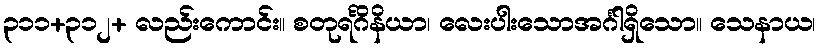
၃၁၁+၃၁၂+ လည်းကောင်း။ စတုရင်္ဂိနိယာ၊ လေးပါးသောအင်္ဂါရှိသော။ သေနာယ၊